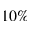
1 0 \%